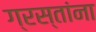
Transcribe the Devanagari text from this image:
ग्रस्तांना